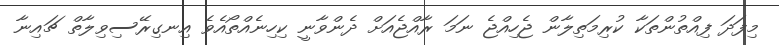
މިފަދަ ފިއްތުންތަކާ ކުރިމަތިލާން ޖެހިއްޖެ ނަމަ ރާއްޖެއަށް ދެންވާނީ ކިހިނެއްތޯއެވެ އިނގިރޭސިވިލާތް ޗައިނާ